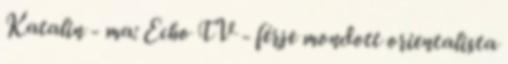
Katalin - ma: Echo TV - férje mondott orienta­lis­ta